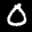
Label: 0